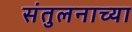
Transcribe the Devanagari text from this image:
संतुलनाच्या